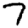
Digit: 7